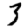
Digit: 3